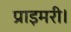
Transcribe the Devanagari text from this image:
प्राइमरी।